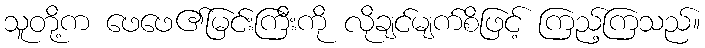
သူတို့က ဖေဖေ၏မြင်းကြီးကို လိုချင်မျက်စိဖြင့် ကြည့်ကြသည်။